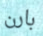
بارن